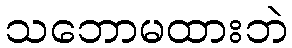
သဘောမထားဘဲ